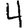
Digit: 4